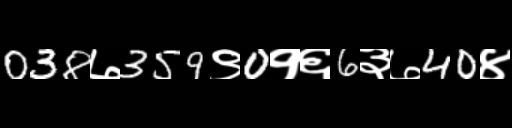
Text: 038७359९0१६6३७40४